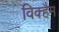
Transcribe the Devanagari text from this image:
विक्हैम